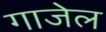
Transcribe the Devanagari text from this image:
गाजेल